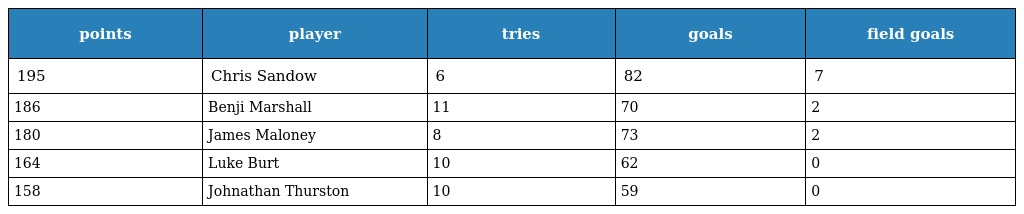
| points | player | tries | goals | field goals |
 | --- | --- | --- | --- | --- |
 | 195 | Chris Sandow | 6 | 82 | 7 |
 | 186 | Benji Marshall | 11 | 70 | 2 |
 | 180 | James Maloney | 8 | 73 | 2 |
 | 164 | Luke Burt | 10 | 62 | 0 |
 | 158 | Johnathan Thurston | 10 | 59 | 0 |